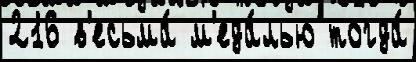
216 в'есьма́ м'еда́лью тогда́